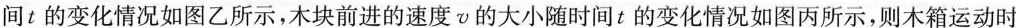
间t的变化情况如图乙所示，木块前进的速度v的大小随时间t的变化情况如图丙所示，则木箱运动时